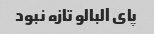
پاى آلبالو تازه نبود